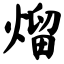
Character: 熘